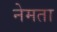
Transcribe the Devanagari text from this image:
नेमता